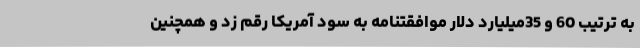
به ترتیب 60 و 35میلیارد دلار موافقتنامه به سود آمریکا رقم زد و همچنین